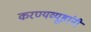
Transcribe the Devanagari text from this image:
करण्यव्यूहांनी